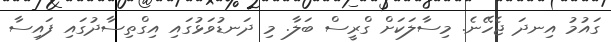
ގައުމު އިނދަ ޖެހޭނެ. މިސާލަކަށް ގްރީސް ބަލާ. މި ދަނޑުވަޅުގައި އިގްތިސާދުގައި ފައިސާ